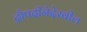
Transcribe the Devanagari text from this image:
द्रौपदीनेदेखील